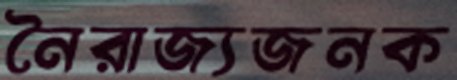
নৈরাজ্যজনক